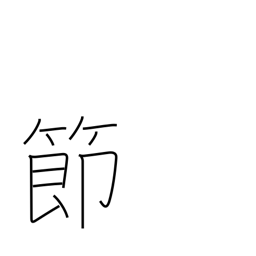
Meaning: knot